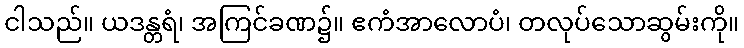
ငါသည်။ ယဒန္တရံ၊ အကြင်ခဏ၌။ ဧကံအာလောပံ၊ တလုပ်သောဆွမ်းကို။